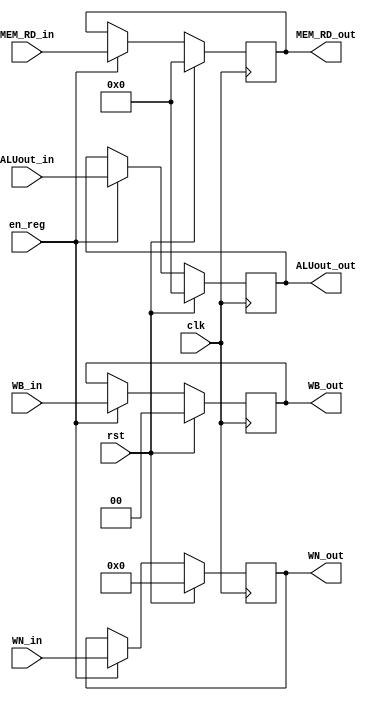

module MEMWB( clk, rst, en_reg, MEM_RD_in, WB_in, ALUout_in, WN_in, 
              MEM_RD_out, WB_out, ALUout_out, WN_out );
			 
			 
	input clk, rst, en_reg ;
	input[31:0] MEM_RD_in, ALUout_in;
	input[1:0] WB_in;
	input[4:0] WN_in;
	
	output[31:0] MEM_RD_out, ALUout_out;
	output[1:0] WB_out;
	output[4:0] WN_out;
	
	reg[31:0] MEM_RD_out, ALUout_out;
	reg[1:0] WB_out;
	reg[4:0] WN_out;


    always @( posedge clk ) begin
        if ( rst ) begin
			MEM_RD_out <= 32'b0;
			ALUout_out <= 32'b0;
			WB_out <= 2'b0;
			WN_out <= 5'b0;
		end
        else if ( en_reg ) begin
			MEM_RD_out <= MEM_RD_in;
			ALUout_out <= ALUout_in;
			WB_out <= WB_in;
			WN_out <= WN_in;
		end
 
    end
endmodule